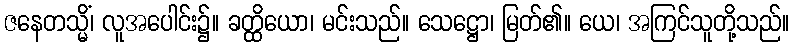
ဇနေတသ္မိံ၊ လူအပေါင်း၌။ ခတ္ထိယော၊ မင်းသည်။ သေဋ္ဌော၊ မြတ်၏။ ယေ၊ အကြင်သူတို့သည်။